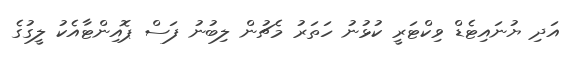
އަދި ޔުނައިޓެޑް ވިކްޓަރީ ކުޅުނު ހަތަރު މެޗުން ލިބުނު ފަސް ޕޮއިންޓާއެކު ލީގުގެ